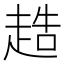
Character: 𧻰